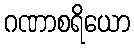
ဂဏာစရိယော